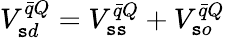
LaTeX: V_{\mathtt{s}d}^{\bar{{q}}Q}=V_{\mathtt{s}\mathtt{s}}^{\bar{{q}}Q}+V_{\mathtt{s}o}^{\bar{{q}}Q}